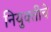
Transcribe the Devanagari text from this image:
नियुक्तीचे